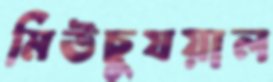
মিউচুযয়াল